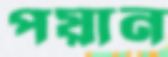
পয়ান